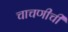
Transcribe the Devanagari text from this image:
चाचणीची